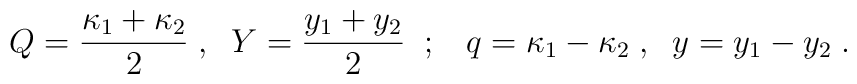
Q={\kappa_1+\kappa_2 \over 2} \;,\;\;Y={y_1+y_2 \over 2} \;\;;\;\;\;q=\kappa_1-\kappa_2 \;,\;\;y=y_1-y_2 \;.